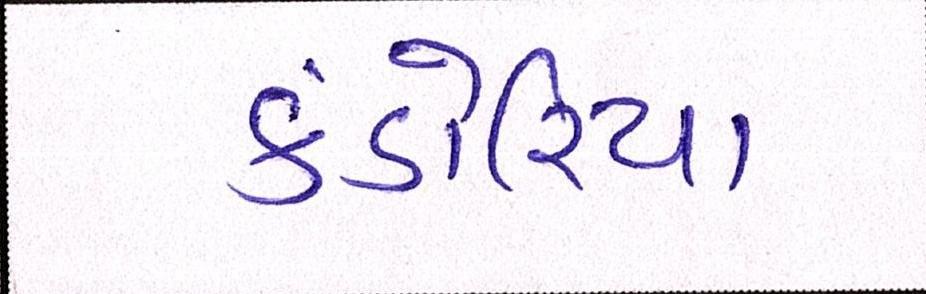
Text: કંડોરિયા